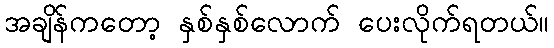
အချိန်ကတော့ နှစ်နှစ်လောက် ပေးလိုက်ရတယ်။